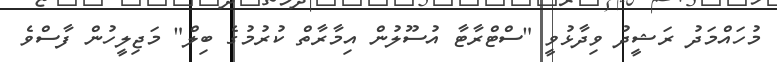
މުހައްމަދު ރަޝީދު ވިދާޅުވީ "ސްޓްރާޓާ އުސޫލުން އިމާރާތް ކުރުމުގެ ބިލް" މަޖިލީހުން ފާސްވެ